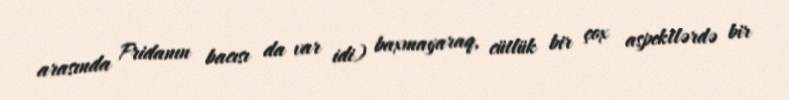
arasında Fridanın bacısı da var idi) baxmayaraq, cütlük bir çox aspektlərdə bir